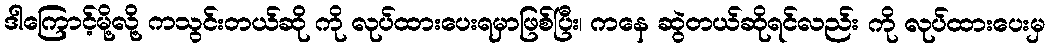
ဒါကြောင့်မို့လို့ ကသွင်းတယ်ဆို ကို လုပ်ထားပေးရမှာဖြစ်ပြီး၊ ကနေ ဆွဲတယ်ဆိုရင်လည်း ကို လုပ်ထားပေးမှ